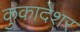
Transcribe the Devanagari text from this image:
कुकादेशर